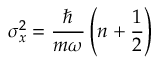
\sigma _ { x } ^ { 2 } = { \frac { \hbar } { m \omega } } \left( n + { \frac { 1 } { 2 } } \right)